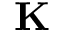
\mathbf { K }